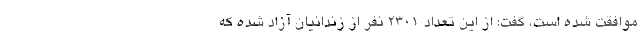
موافقت شده است، گفت: از این تعداد ۲۳۰۱ نفر از زندانیان آزاد شده که